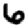
Digit: 6